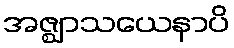
အဇ္ဈာသယေနာပိ